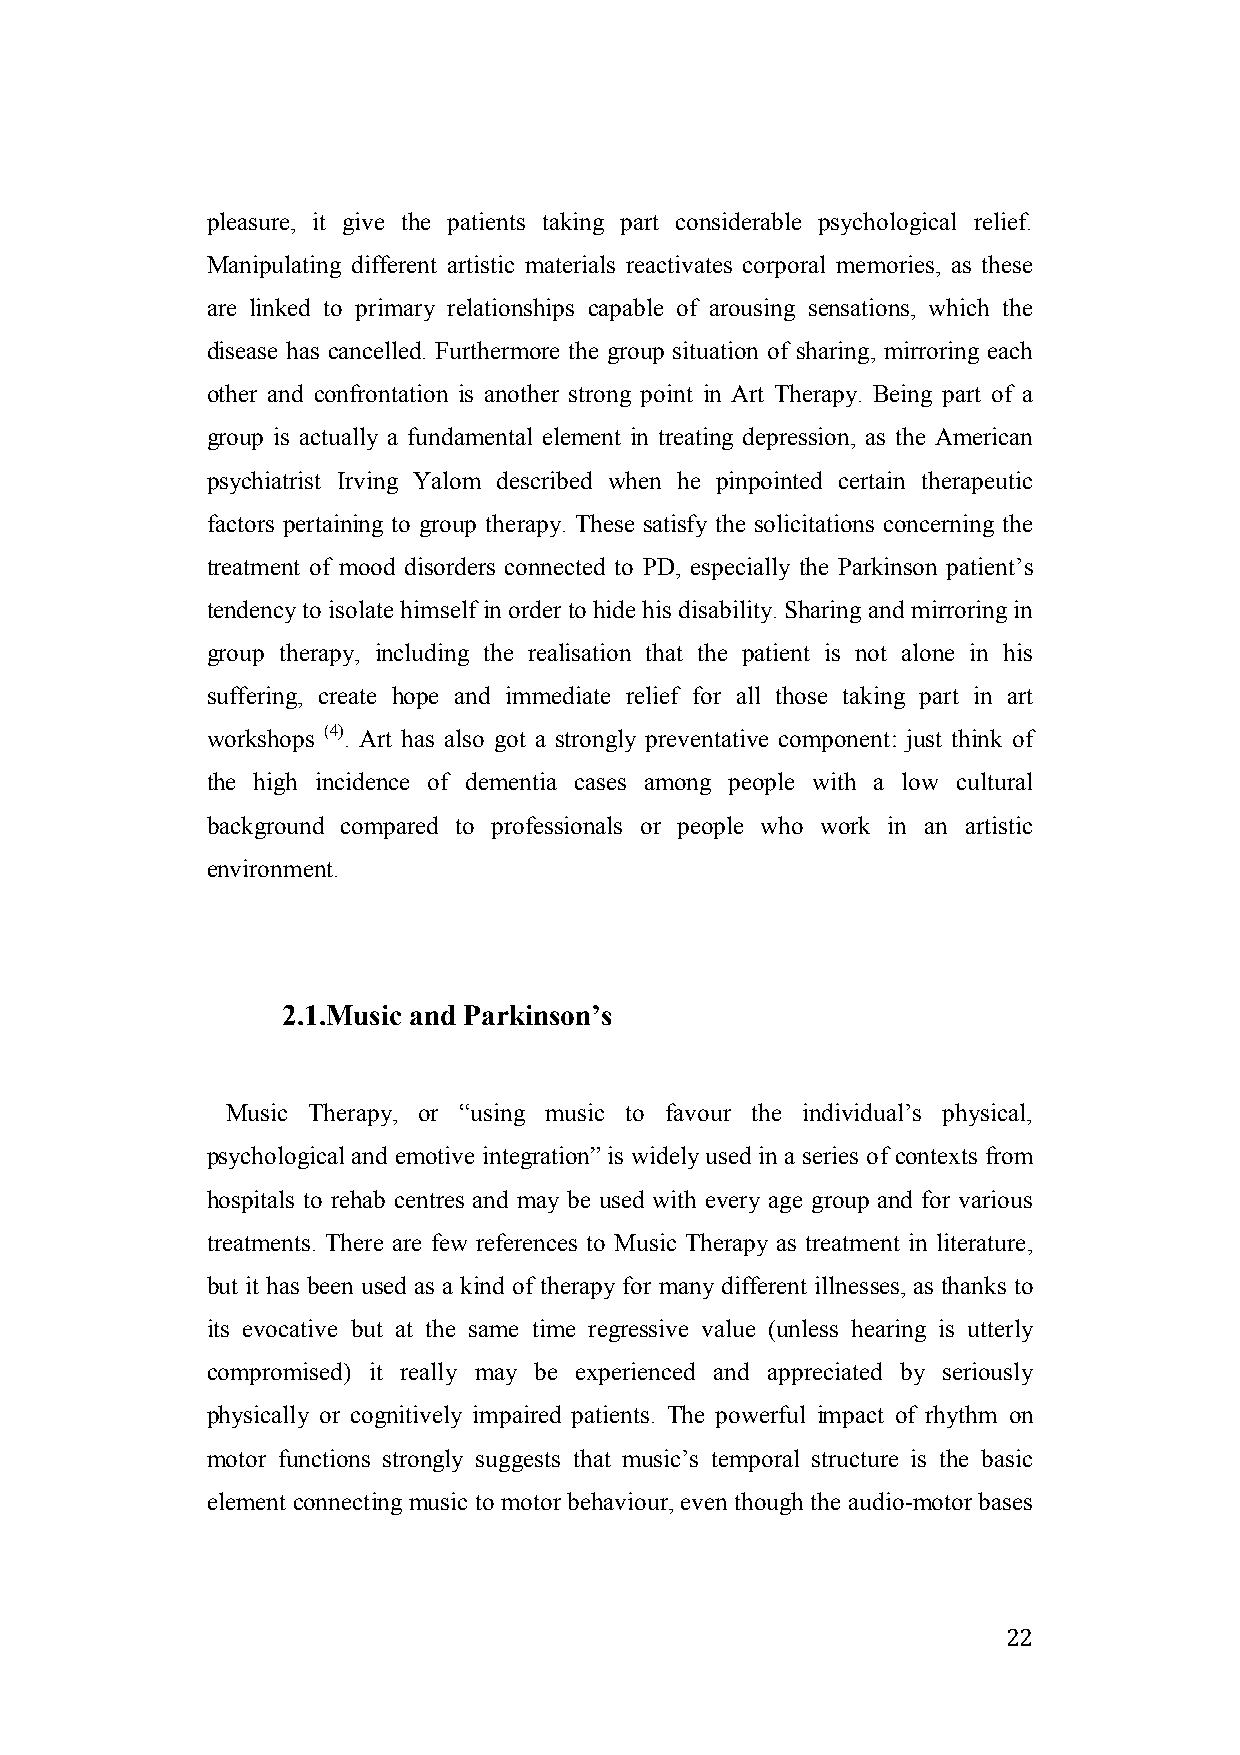
pleasure, it give the patients taking part considerable psychological relief.
 Manipulating different artistic materials reactivates corporal memories, as these
 are linked to primary relationships capable of arousing sensations, which the
 disease has cancelled. Furthermore the group situation of sharing, mirroring each
 other and confrontation is another strong point in Art Therapy. Being part of a
 group is actually a fundamental element in treating depression, as the American
 psychiatrist Irving Yalom described when he pinpointed certain therapeutic
 factors pertaining to group therapy. These satisfy the solicitations concerning the
 treatment of mood disorders connected to PD, especially the Parkinson patient’s
 tendency to isolate himself in order to hide his disability. Sharing and mirroring in
 group therapy, including the realisation that the patient is not alone in his
 suffering, create hope and immediate relief for all those taking part in art
 workshops (4). Art has also got a strongly preventative component: just think of
 the high incidence of dementia cases among people with a low cultural
 background compared to professionals or people who work in an artistic
 environment.
 2.1.Music and Parkinson’s
 Music Therapy, or “using music to favour the individual’s physical,
 psychological and emotive integration” is widely used in a series of contexts from
 hospitals to rehab centres and may be used with every age group and for various
 treatments. There are few references to Music Therapy as treatment in literature,
 but it has been used as a kind of therapy for many different illnesses, as thanks to
 its evocative but at the same time regressive value (unless hearing is utterly
 compromised) it really may be experienced and appreciated by seriously
 physically or cognitively impaired patients. The powerful impact of rhythm on
 motor functions strongly suggests that music’s temporal structure is the basic
 element connecting music to motor behaviour, even though the audio-motor bases
 22